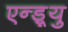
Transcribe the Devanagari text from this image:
एन्ड्र्यु